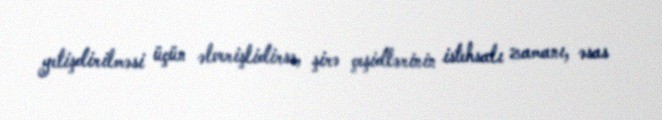
yetişdirilməsi üçün əlverişlidirsə, şirə çeşidlərinin istehsalı zamanı, əsas